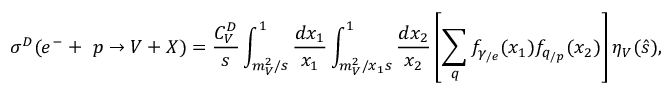
\sigma ^ { D } ( e ^ { - } + ~ p \rightarrow V + X ) = \frac { { \cal C } _ { V } ^ { D } } { s } \int _ { m _ { V } ^ { 2 } / s } ^ { 1 } \frac { d x _ { 1 } } { x _ { 1 } } \int _ { m _ { V } ^ { 2 } / x _ { 1 } s } ^ { 1 } \frac { d x _ { 2 } } { x _ { 2 } } \left[ \sum _ { q } f _ { \gamma _ { / e } } ( x _ { 1 } ) f _ { q _ { / p } } ( x _ { 2 } ) \right] \eta _ { V } ( \hat { s } ) ,